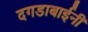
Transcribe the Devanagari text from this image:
दगडाबाईनी